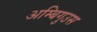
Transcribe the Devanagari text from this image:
अम्बिगुउस